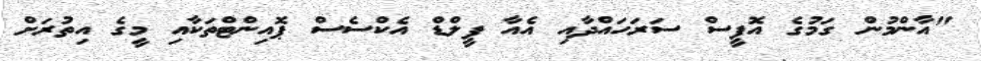
"އާންމުން ގަމުގެ އޮފީސް ސަރަހައްދާއި އެއާ ފީލްޑް އެކްސެސް ޕޮއިންޓްތަކާއި މީގެ އިތުރަށް